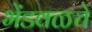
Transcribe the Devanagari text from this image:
भेंडवळचे